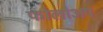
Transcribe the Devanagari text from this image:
फोलोअप